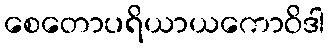
စေတောပရိယာယကောဝိဒါ